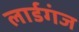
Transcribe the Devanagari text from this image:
लार्डगंज